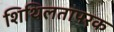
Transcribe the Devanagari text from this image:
शिथिलतापरक